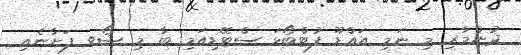
ދުންމާރި މި ނަމި އައްޑޫ ފުޓްބޯޅަ ސްޓޭޑިއަމި ބާ މި ޝޯވ ފަށާނެއި